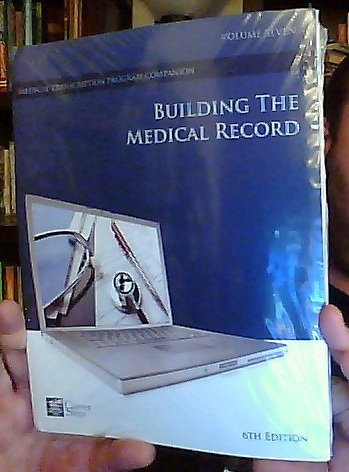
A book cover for Building the Medical Record: Volume Seven, 6th Edition (Career Step Medical Transcription Program Companion); Career Step; Medical Books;